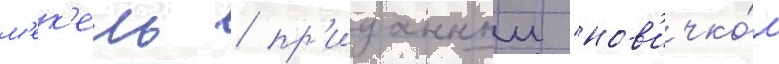
м'ек'ель / пр'изнанныи "нов'ичко́м